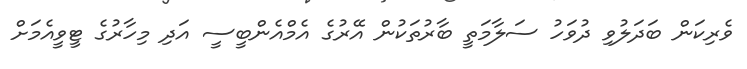
ވެރިކަން ބަދަލުވި ދުވަހު ސަލާމަތީ ބާރުތަކުން އޭރުގެ އެމްއެންބީސީ އަދި މިހާރުގެ ޓީވީއެމަށް